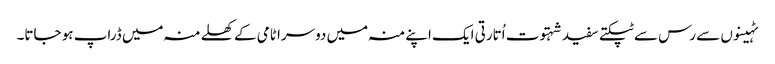
ٹہینوں سے رس سے ٹپکتے سفید شہتوت اُتارتی ایک اپنے منہ میں دوسرا ٹامی کے کھلے منہ میں ڈراپ ہو جاتا۔